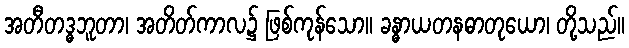
အတီတဒ္ဓဘူတာ၊ အတိတ်ကာလ၌ ဖြစ်ကုန်သော။ ခန္ဓာယတနဓာတုယော၊ တို့သည်။